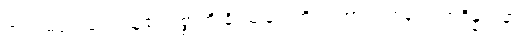
အရှင်မပေးသောသူ၏ ဥစ္စာကို ခိုးယူခြင်းကို။ ပဟာယ၊ စွန့်၍။ အဒိန္နာဒါနာ၊